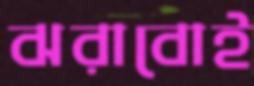
ঝরাবোই